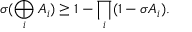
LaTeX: \sigma ( \bigoplus _ { i } A _ { i } ) \geq 1 - \prod _ { i } ( 1 - \sigma A _ { i } ) .